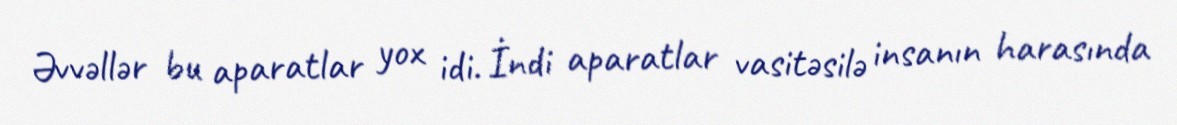
Əvvəllər bu aparatlar yox idi. İndi aparatlar vasitəsilə insanın harasında